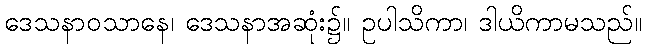
ဒေသနာဝသာနေ၊ ဒေသနာအဆုံး၌။ ဥပါသိကာ၊ ဒါယိကာမသည်။